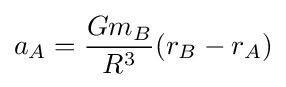
a_{A}={\frac {Gm_{B}}{R^{3}}}(r_{B}-r_{A})